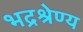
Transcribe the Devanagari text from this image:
भद्रश्रेण्य